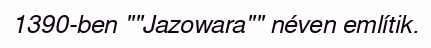
1390-ben ""Jazowara"" néven említik.